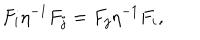
LaTeX: F _ { i } \eta ^ { - 1 } F _ { j } = F _ { j } \eta ^ { - 1 } F _ { i } ,